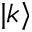
| k \rangle